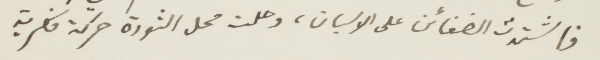
فاشتدت الضغائن على الاسبان، وحلت محل الثورة حركة فكرية